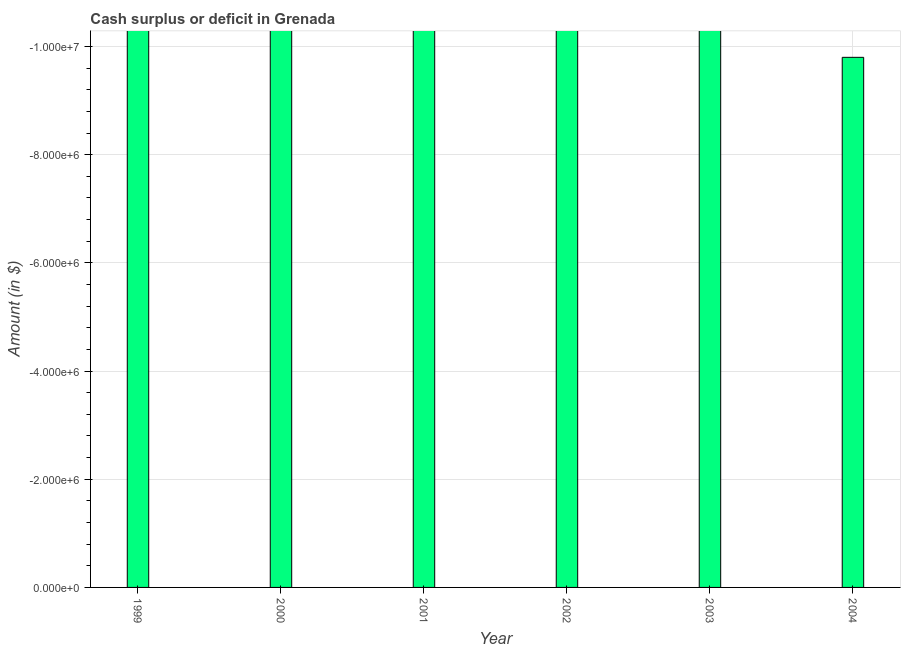
| Year | Cash surplus or deficit |
 | --- | --- |
 | 1999 | -3.59e+07 |
 | 2000 | -2.96e+07 |
 | 2001 | -9.25e+07 |
 | 2002 | -2.09e+08 |
 | 2003 | -5.81e+07 |
 | 2004 | -9.8e+06 |